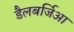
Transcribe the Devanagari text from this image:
डैलबर्जिआ